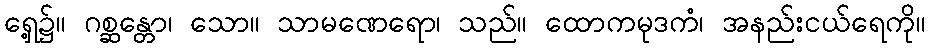
ရှေ့၌။ ဂစ္ဆန္တော၊ သော။ သာမဏေရော၊ သည်။ ထောကမုဒကံ၊ အနည်းငယ်ရေကို။